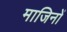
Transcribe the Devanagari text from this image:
माजिनों